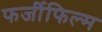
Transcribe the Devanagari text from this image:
फर्जीफिल्म